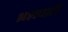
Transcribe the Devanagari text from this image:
भ्रंशघाटी